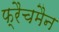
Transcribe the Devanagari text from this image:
फ्रैचमैन